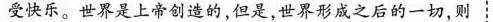
受快乐。世界是上帝创造的，但是，世界形成之后的一切，则